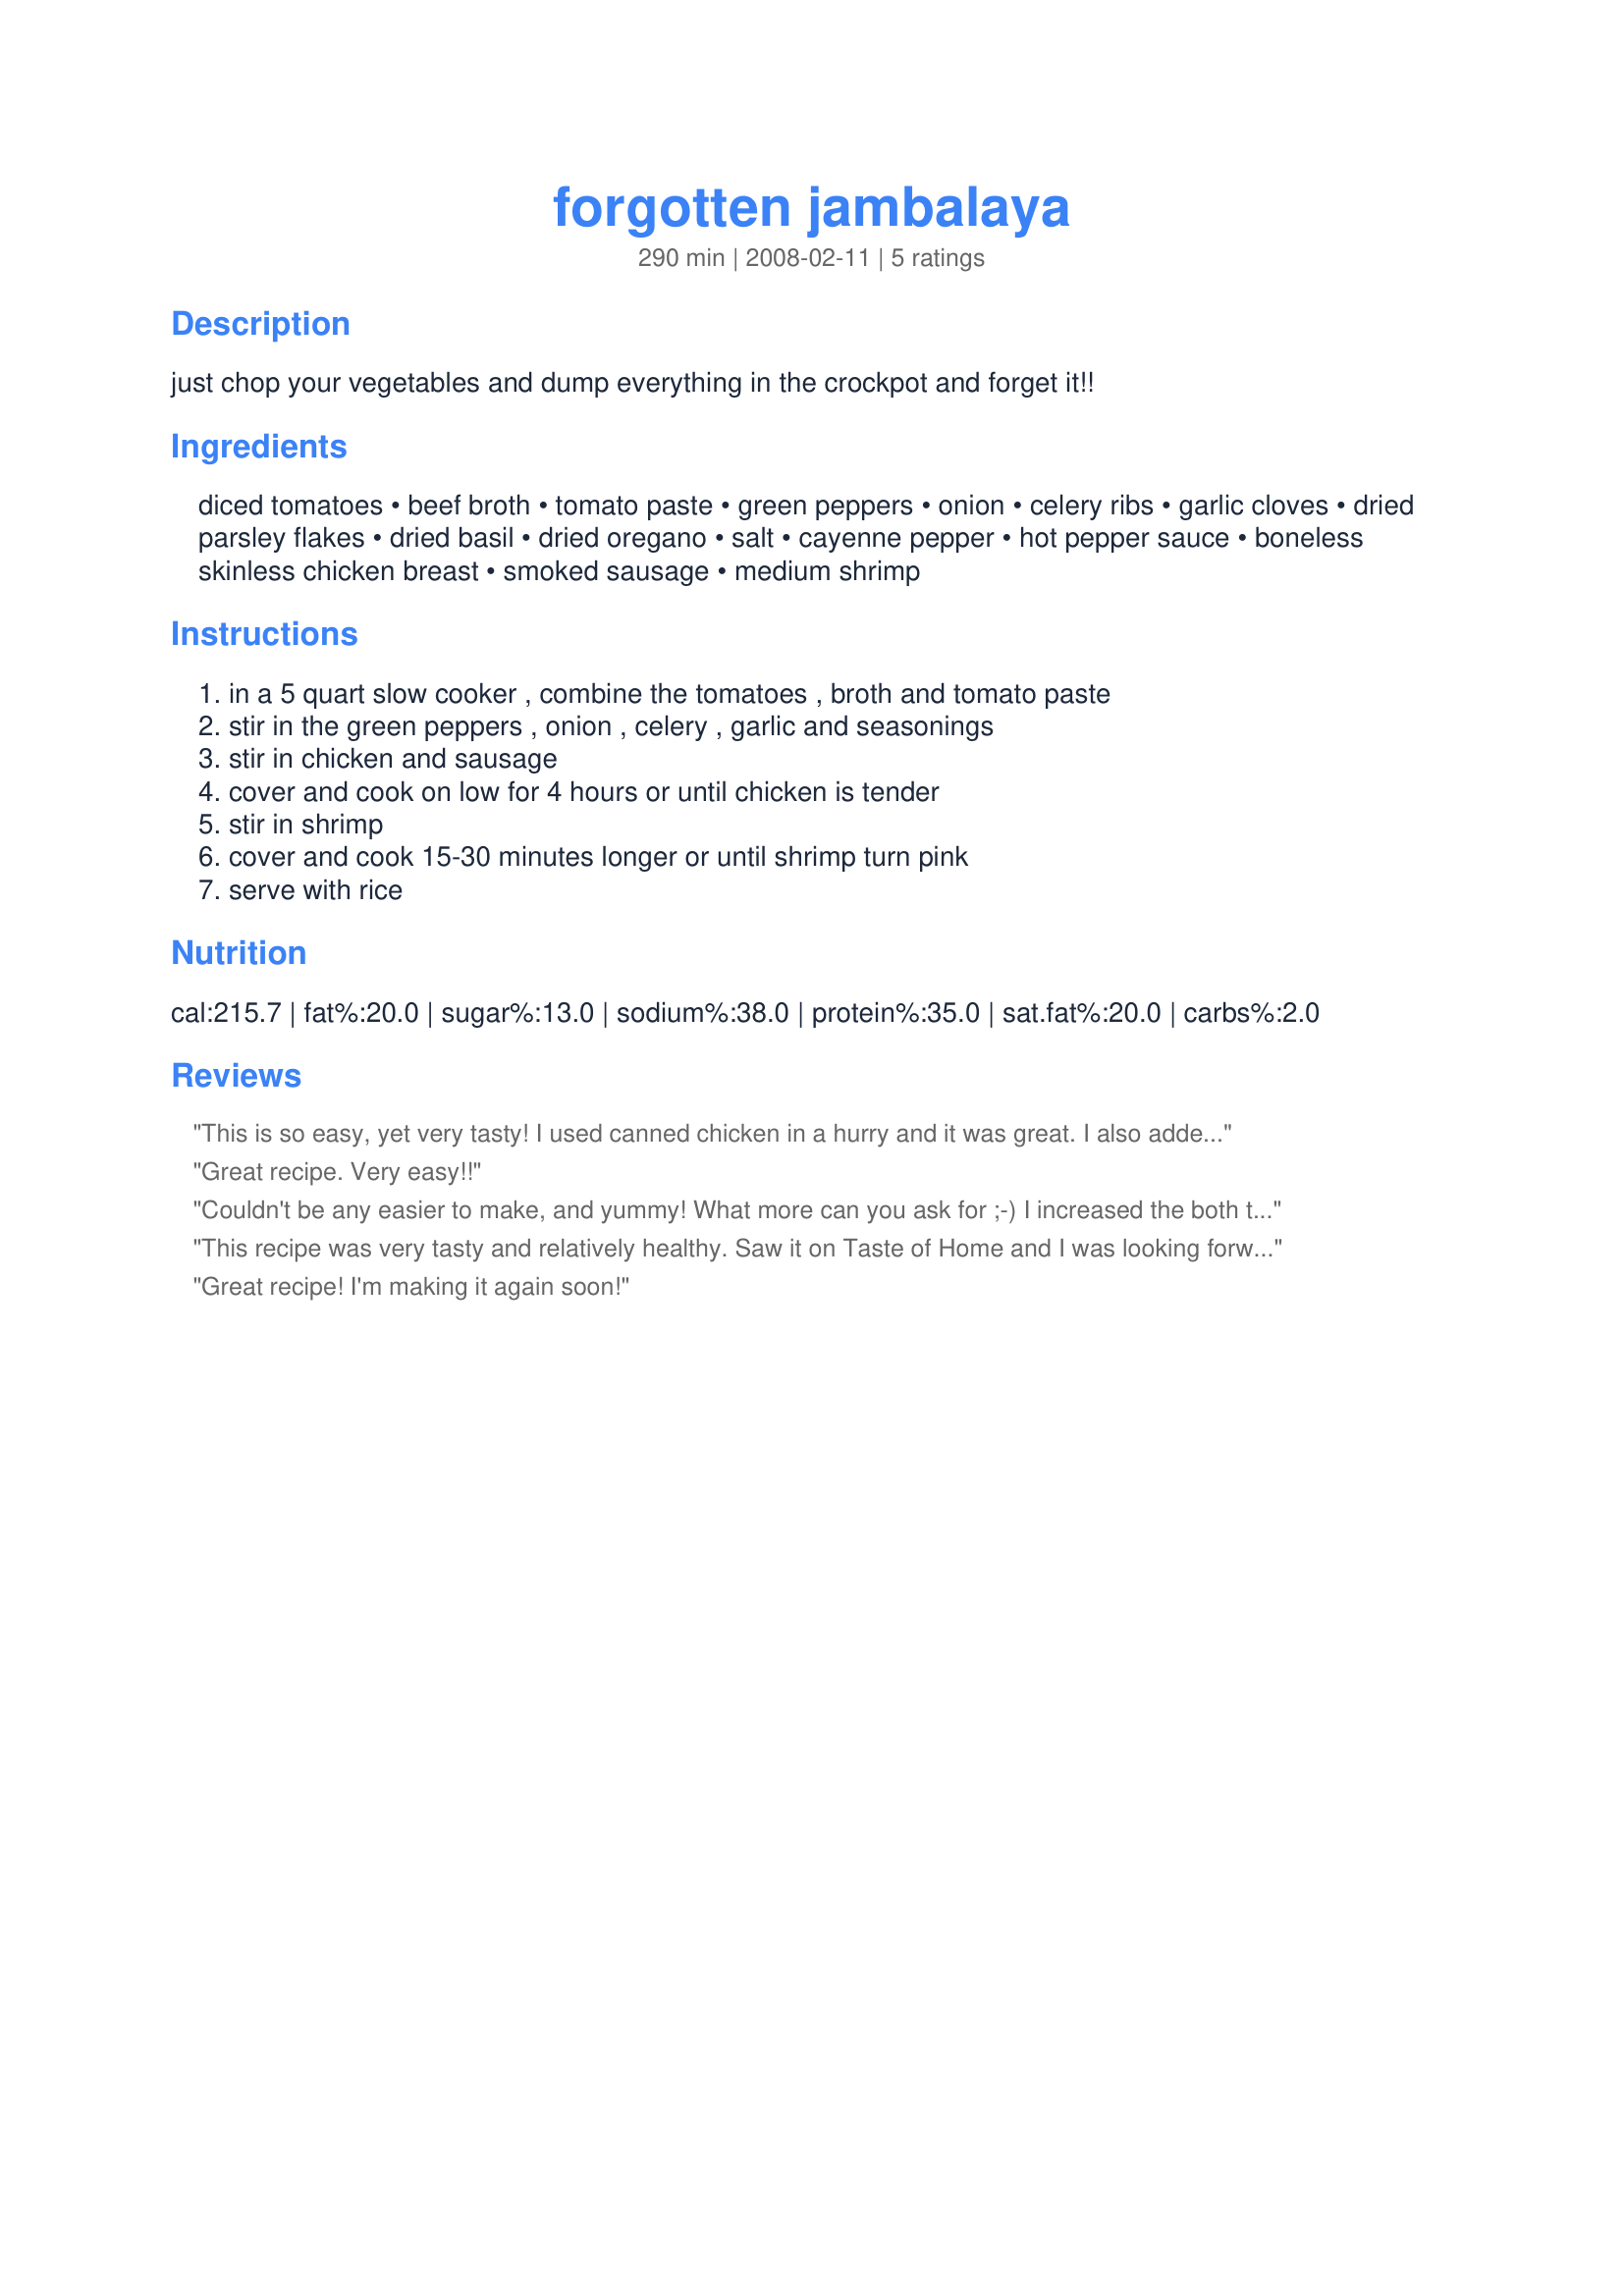
forgotten jambalaya
Preparation time: 290 minutes

just chop your vegetables and dump everything in the crockpot and forget it!!

Ingredients:
diced tomatoes, beef broth, tomato paste, green peppers, onion, celery ribs, garlic cloves, dried parsley flakes, dried basil, dried oregano, salt, cayenne pepper, hot pepper sauce, boneless skinless chicken breast, smoked sausage, medium shrimp

Steps:
in a 5 quart slow cooker , combine the tomatoes , broth and tomato paste, stir in the green peppers , onion , celery , garlic and seasonings, stir in chicken and sausage, cover and cook on low for 4 hours or until chicken is tender, stir in shrimp, cover and cook 15-30 minutes longer or until shrimp turn pink, serve with rice

Reviews:
This is so easy, yet very tasty!
I used canned chicken in a hurry and it was great. I also added some cooked shrimp! It is delicious over rice, or with the rice mixed in.
Great recipe. Very easy!!
Couldn't be any easier to make, and yummy! What more can you ask for ;-) I increased the both the cayenne pepper and hot sauce, for personal preference. I also added a full pound of shrimp. Will be making again.
This recipe was very tasty and relatively healthy. Saw it on Taste of Home and I was looking forward to it. The boys liked it too..
Great recipe! I'm making it again soon!
